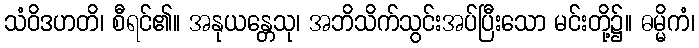
သံဝိဒဟတိ၊ စီရင်၏။ အနုယန္တေသု၊ အဘိသိက်သွင်းအပ်ပြီးသော မင်းတို့၌။ ဓမ္မိကံ၊